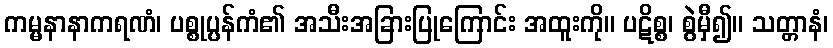
ကမ္မနာနာကရဏံ၊ ပစ္စုပ္ပန်ကံ၏ အသီးအခြားပြုကြောင်း အထူးကို။ ပဋိစ္စ၊ စွဲမှီ၍။ သတ္တာနံ၊